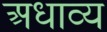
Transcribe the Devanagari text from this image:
अधाव्य